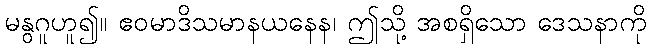
မနွဂူဟူ၍။ ဧဝမာဒိသမာနယနေန၊ ဤသို့ အစရှိသော ဒေသနာကို